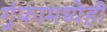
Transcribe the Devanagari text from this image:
गुंफामध्येही